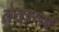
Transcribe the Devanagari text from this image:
लेखनस्पर्धा